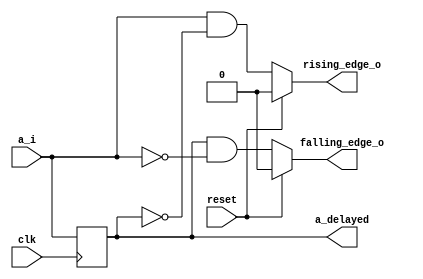
// Day 3
//Design and verify a rising and falling edge detector




module edge_detector(input clk,
					reset,
					a_i,            // Serial input to the module
				    output   rising_edge_o,  // Rising edge output
					output   falling_edge_o,a_delayed);  // Falling edge output
					
reg a_delayed1;

always @(posedge clk)
a_delayed1<=a_i;

assign rising_edge_o=reset?0:a_i & (~a_delayed);
assign falling_edge_o=reset?0:a_delayed & ~(a_i);
assign a_delayed=a_delayed1;
endmodule